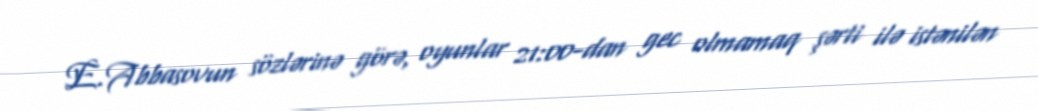
E.Abbasovun sözlərinə görə, oyunlar 21:00-dan gec olmamaq şərti ilə istənilən